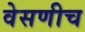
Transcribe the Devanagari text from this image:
वेसणीच